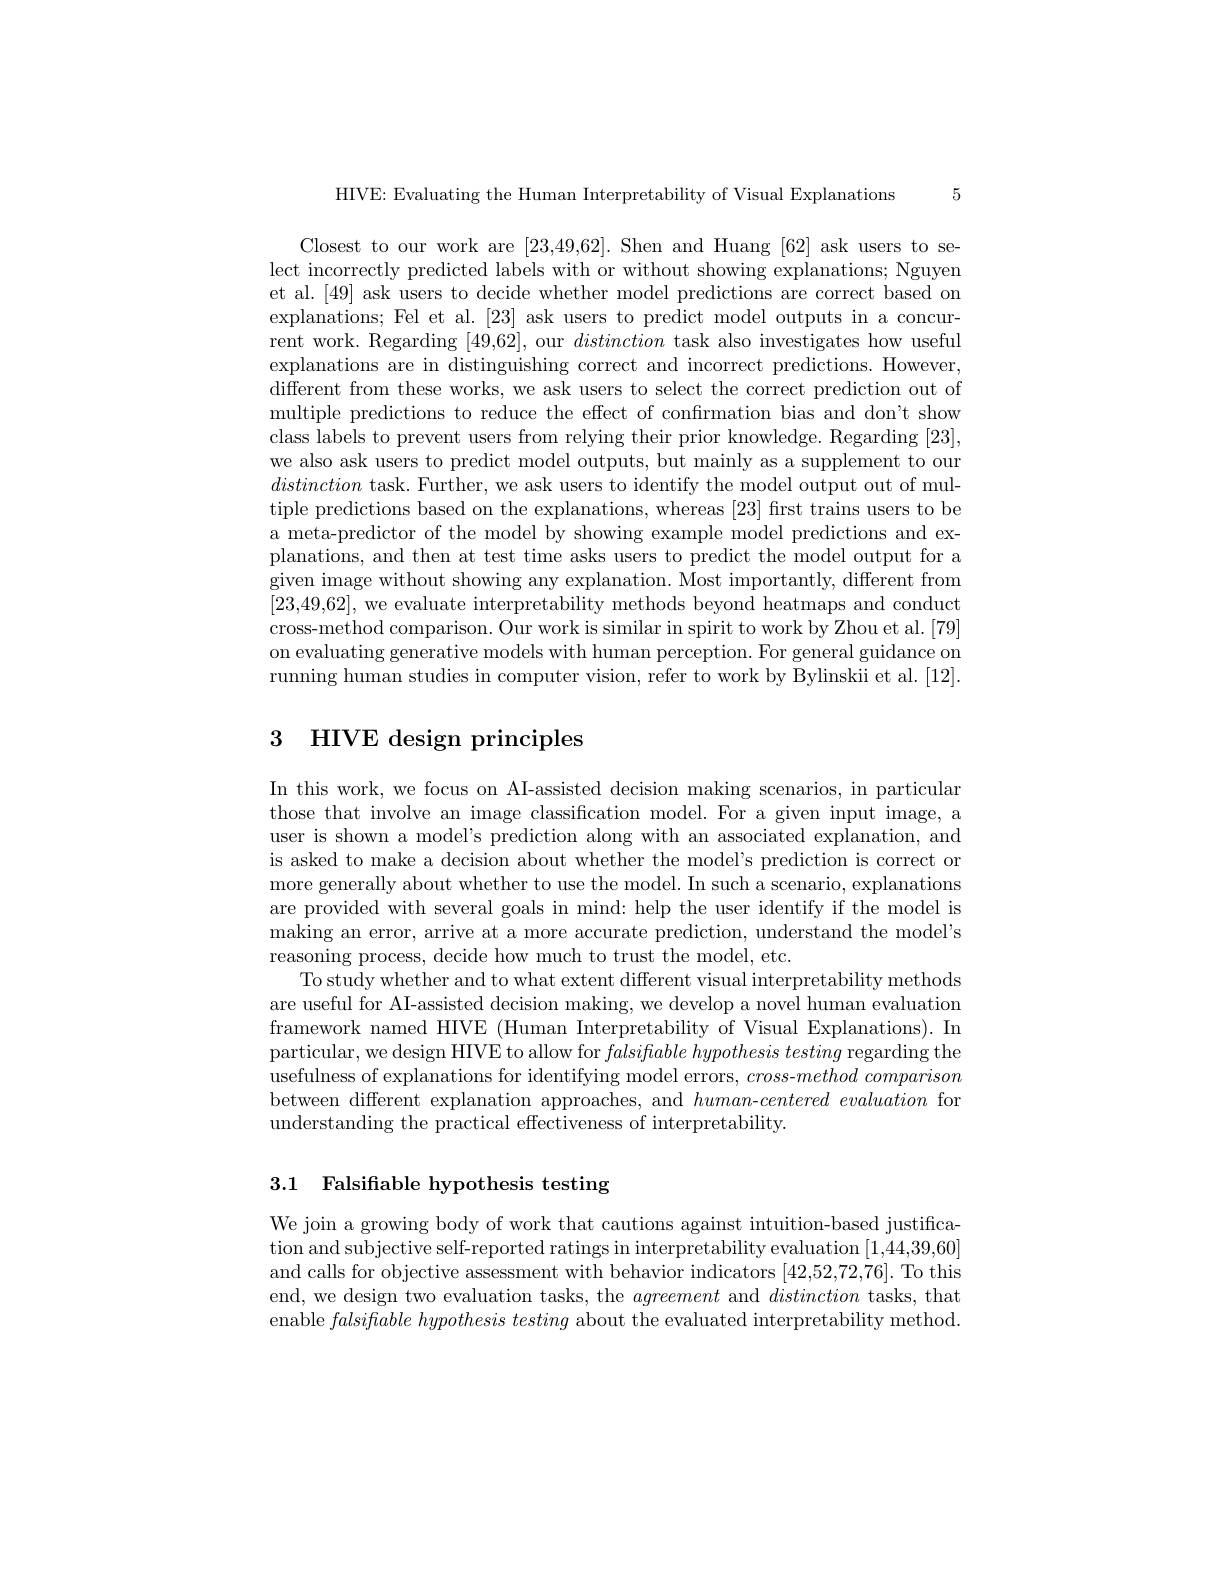
5

HIVE: Evaluating the Human Interpretability of Visual Explanations

Closest to our work are [23,49,62]. Shen and Huang [62] ask users to select incorrectly predicted labels with or without showing explanations; Nguyen et al. [49] ask users to decide whether model predictions are correct based on explanations; Fel et al. [23] ask users to predict model outputs in a concurrent work. Regarding [49,62], our distinction task also investigates how useful explanations are in distinguishing correct and incorrect predictions. However, different from these works, we ask users to select the correct prediction out of multiple predictions to reduce the effect of confırmation bias and don't show class labels to prevent users from relying their prior knowledge. Regarding [23], we also ask users to predict model outputs, but mainly as a supplement to our distinction task. Further, we ask users to identify the model output out of multiple predictions based on the explanations, whereas [23] fırst trains users to be a meta-predictor of the model by showing example model predictions and explanations, and then at test time asks users to predict the model output for a given image without showing any explanation. Most importantly, different from [23,49,62], we evaluate interpretability methods beyond heatmaps and conduct cross-method comparison. Our work is similar in spirit to work by Zhou et al. [79] on evaluating generative models with human perception. For general guidance on running human studies in computer vision, refer to work by Bylinskii et al. [12].

# 3 HIVE design principles

In this work, we focus on AI-assisted decision making scenarios, in particular those that involve an image classification model. For a given input image, a user is shown a model's prediction along with an associated explanation, and is asked to make a decision about whether the model's prediction is correct or more generally about whether to use the model. In such a scenario, explanations are provided with several goals in mind: help the user identify if the model is making an error, arrive at a more accurate prediction, understand the model's reasoning process, decide how much to trust the model, etc.
To study whether and to what extent different visual interpretability methods are useful for AI-assisted decision making, we develop a novel human evaluation framework named HIVE (Human Interpretability of Visual Explanations). In particular, we design HIVE to allow for $falsifable\textit{ hypothesis testing regarding the}$ usefulness of explanations for identifying model errors, cross-method comparison between different explanation approaches, and $human-centered$ evaluation for understanding the practical effectiveness of interpretability.

# 3.1 Falsifiable hypothesis testing

We join a growing body of work that cautions against intuition-based justification and subjective self-reported ratings in interpretability evaluation [1,44,39,60] and calls for objective assessment with behavior indicators [42,52,72,76]. To this end, we design two evaluation tasks, the agreement and distinction tasks, that enable $falsiftable\textit{hypothesis testing about the evaluated interpretability method}$